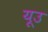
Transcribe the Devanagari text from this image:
यूउ